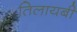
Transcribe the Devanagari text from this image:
तिलायबी